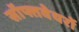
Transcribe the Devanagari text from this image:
सॉफ्तवेयरों